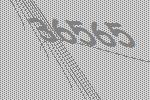
36565